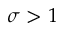
\sigma > 1